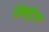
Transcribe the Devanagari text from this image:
डॉक्युटेल